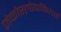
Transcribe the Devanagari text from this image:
ज़ेकोस्लोवाकियाई